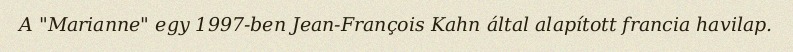
A "Marianne" egy 1997-ben Jean-François Kahn által alapított francia havilap.